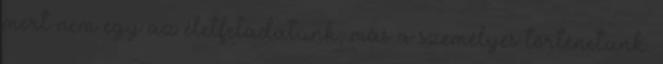
mert nem egy az életfeladatunk, más a személyes történetünk.